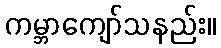
ကမ္ဘာကျော်သနည်း။